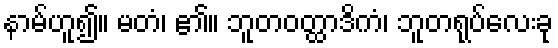
နာမ်ဟူ၍။ မတံ၊ ၏။ ဘူတဝတ္ထာဒိကံ၊ ဘူတရုပ်လေးခု